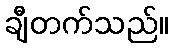
ချီတက်သည်။